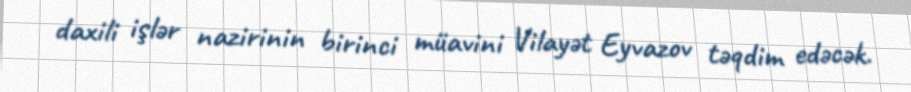
daxili işlər nazirinin birinci müavini Vilayət Eyvazov təqdim edəcək.